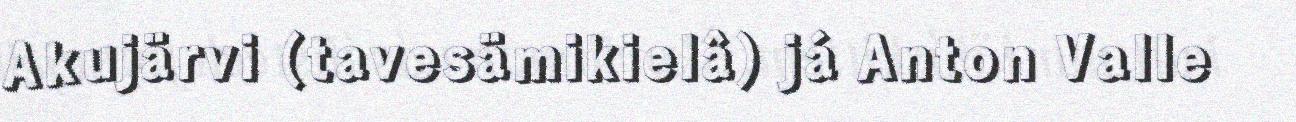
Akujärvi (tavesämikielâ) já Anton Valle